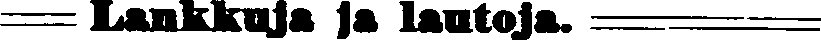
Lankkuja ja lautoja.